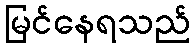
မြင်နေရသည်